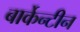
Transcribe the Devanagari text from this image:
बार्केन्टीन